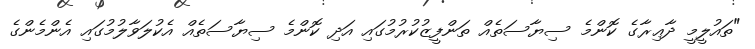
"ތައުލީމީ ދާޢިރާގެ ކޮންމެ ސިޔާސަތެއް ތަންފީޒުކުރުމުގައި އަދި ކޮންމެ ސިޔާސަތެއް އެކުލަވާލުމުގައި އެންމެންގެ